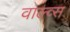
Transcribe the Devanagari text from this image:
वाल्व्स